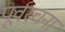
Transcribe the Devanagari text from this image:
पूर्वरचना